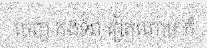
ចេញ កងទ័ព វៀតណាម ក៏